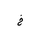
Letter: _kha